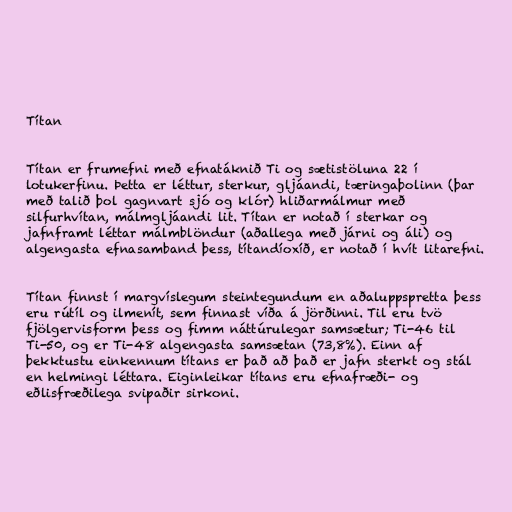
Títan

Títan er frumefni með efnatáknið Ti og sætistöluna 22 í
lotukerfinu. Þetta er léttur, sterkur, gljáandi, tæringaþolinn (þar
með talið þol gagnvart sjó og klór) hliðarmálmur með
silfurhvítan, málmgljáandi lit. Títan er notað í sterkar og
jafnframt léttar málmblöndur (aðallega með járni og áli) og
algengasta efnasamband þess, títandíoxíð, er notað í hvít litarefni.

Títan finnst í margvíslegum steintegundum en aðaluppspretta þess
eru rútíl og ilmenít, sem finnast víða á jörðinni. Til eru tvö
fjölgervisform þess og fimm náttúrulegar samsætur; Ti-46 til
Ti-50, og er Ti-48 algengasta samsætan (73,8%). Einn af
þekktustu einkennum títans er það að það er jafn sterkt og stál
en helmingi léttara. Eiginleikar títans eru efnafræði- og
eðlisfræðilega svipaðir sirkoni.